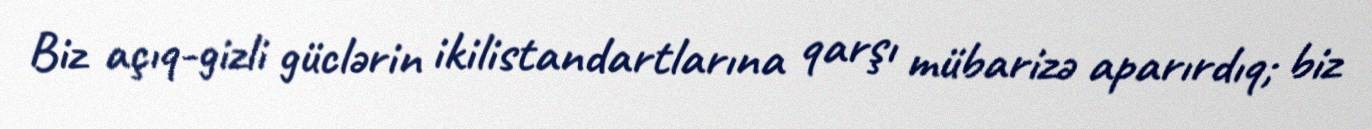
Biz açıq-gizli güclərin ikilistandartlarına qarşı mübarizə aparırdıq; biz